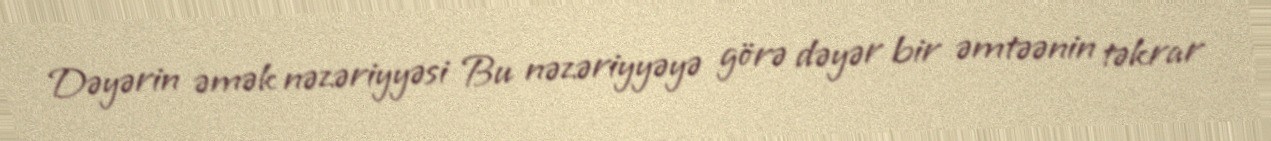
Dəyərin əmək nəzəriyyəsi Bu nəzəriyyəyə görə dəyər bir əmtəənin təkrar